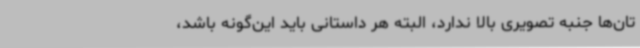
تان‌ها جنبه تصویری بالا ندارد، البته هر داستانی باید این‌گونه باشد،